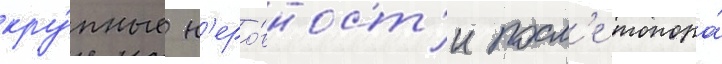
кру́пные н'еро́вност'и посл'е топора́